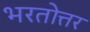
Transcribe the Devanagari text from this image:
भरतोत्तर